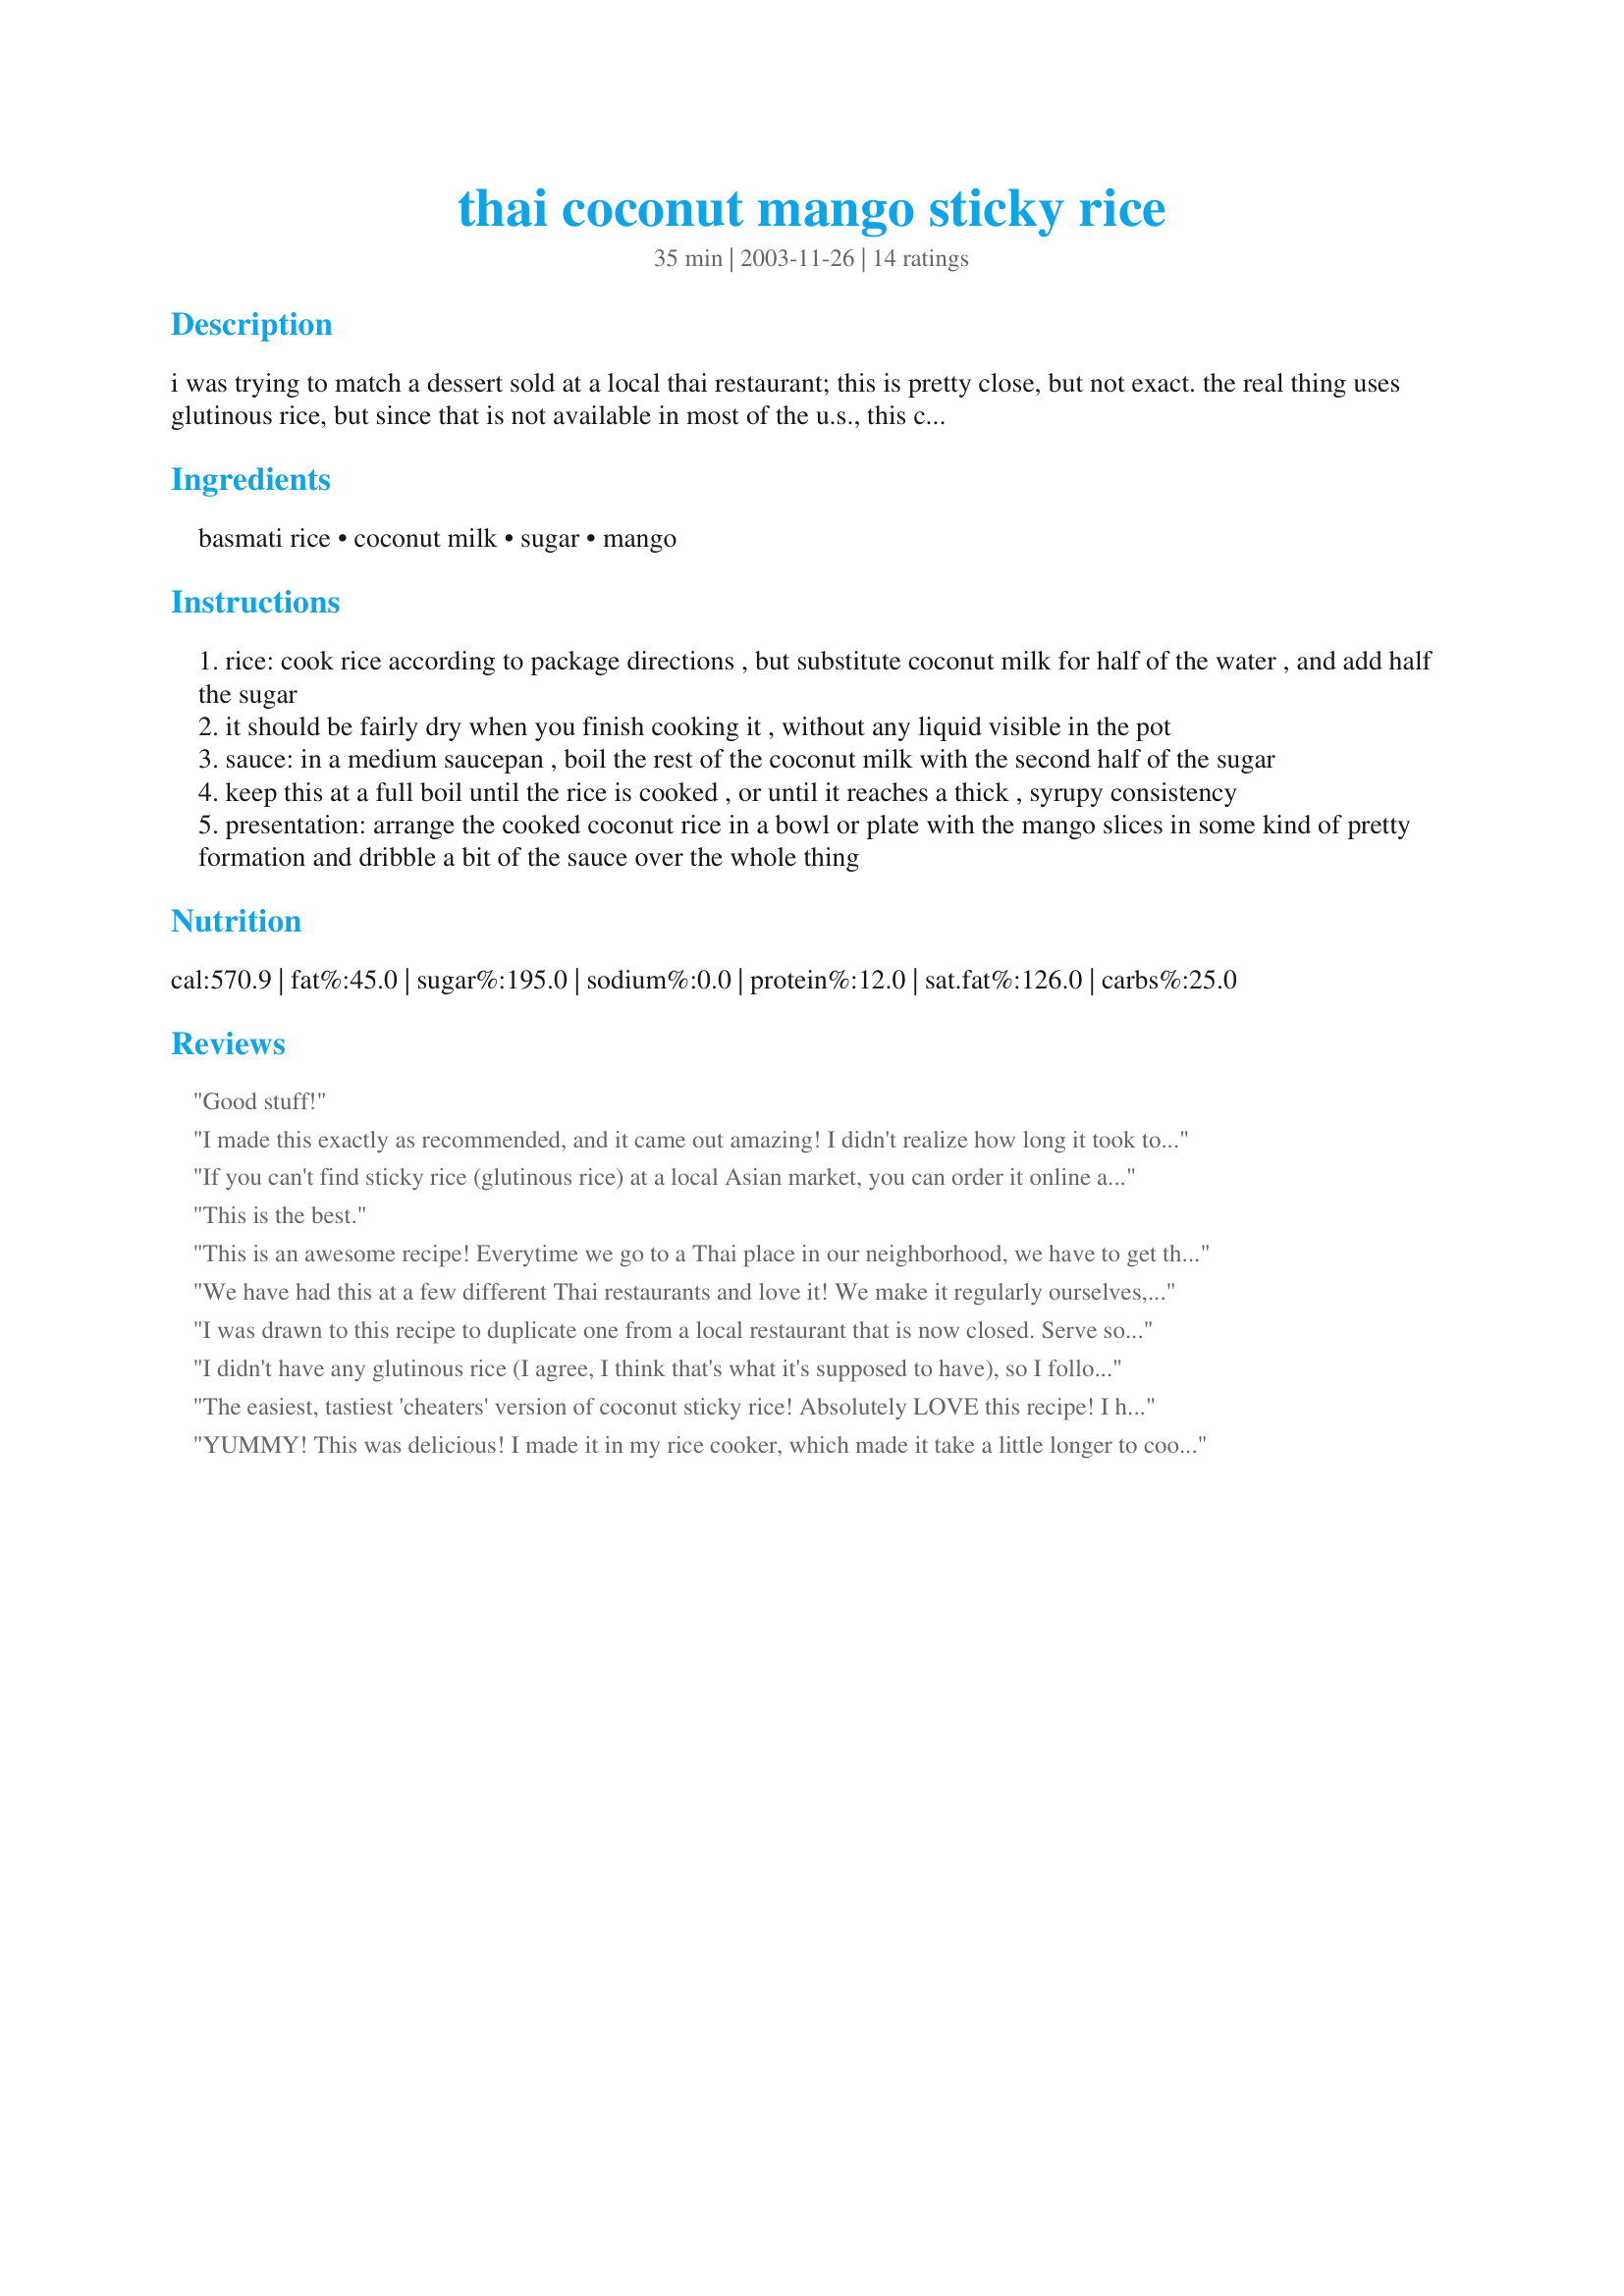
thai coconut mango sticky rice
Preparation time: 35 minutes

i was trying to match a dessert sold at a local thai restaurant; this is pretty close, but not exact. the real thing uses glutinous rice, but since that is not available in most of the u.s., this can be a variation for people without it.

Ingredients:
basmati rice, coconut milk, sugar, mango

Steps:
rice: cook rice according to package directions , but substitute coconut milk for half of the water , and add half the sugar
it should be fairly dry when you finish cooking it , without any liquid visible in the pot
sauce: in a medium saucepan , boil the rest of the coconut milk with the second half of the sugar
keep this at a full boil until the rice is cooked , or until it reaches a thick , syrupy consistency
presentation: arrange the cooked coconut rice in a bowl or plate with the mango slices in some kind of pretty formation and dribble a bit of the sauce over the whole thing

Reviews:
Good stuff!
I made this exactly as recommended, and it came out amazing! I didn't realize how long it took to make the sauce, though. This recipe was so easy to follow!
If you can't find sticky rice (glutinous rice) at a local Asian market, you can order it online at importfood.com.
This is the best.
This is an awesome recipe! Everytime we go to a Thai place in our neighborhood, we have to get the Mango Sticky Rice for desert. I chose this recipe over others because the Jasmine/Basmati Rice was easier to get. It was sooooooo good, very authentic atleast from my experiance. This one is a keeper!
We have had this at a few different Thai restaurants and love it! We make it regularly ourselves, although we had not found a recipe before this. We have found that most asian markets carry the glutenous rice (or sweet rice). And it does make a difference in both flavor and texture. One Thai restaurant we happened upon on Kauai made it with black rice which turns the coconut milk purple and gives it a nutty flavor. Other variations we have enjoyed have used bananas or crushed macadamia nuts on top instead of the mangos.
I was drawn to this recipe to duplicate one from a local restaurant that is now closed. Serve some coconut ice cream with the warm sticky rice and you have a dessert that is irresistible!
I didn't have any glutinous rice (I agree, I think that's what it's supposed to have), so I followed this recipe. It turned out great! Will definitely do this again. Thanks! :)
The easiest, tastiest 'cheaters' version of coconut sticky rice! Absolutely LOVE this recipe! I have also subbed pineapple for the mango and it was just as lovely :) Thanks Sass!
YUMMY! This was delicious! I made it in my rice cooker, which made it take a little longer to cook, but all in all, it was GREAT!
Instead of mixing the coconut milk with half water, I used the recommend amount of water but in coconut milk. It does take a bit longer to cook, but you get more of the sticky consistency as found in purchasing the sticky rice. Everything about it was perfect, excellent recipe without having to go and purchase the sticky rice from an asian market of the sorts.
Excellent recipe! I split the amount of liquid needed for the rice up into 3/4 coconut milk and 1/4 water and just simmered it on low till all the liquid was absorbed. When it cooled a bit I used my 1/4 cup measuring cup to make them into a nice shape. I've served both plain and with fruit and these are a hit either way! Thanks for posting!
I think you\'re supposed to use glutinous rice (sticky rice).
I took a picture months ago and forgot to review it! Weird. I love this stuff. It's vegan, which means my mother can eat it, and extremely tastey which means my husband will eat it. Even my kids like it. It's mild enough that almost everyone who has tried it has loved it, but flavorful enough that I can enjoy a whole bowl of this by myself. We've tried it with mango and strawberries and enjoyed both fruits. I've even tried sprinkling a little Chinese Five Spice powder on the rice with great success. Thanks for a keeper we've made many times since the picture was taken.
